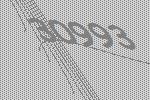
30993